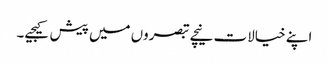
اپنے خیالات نیچے تبصروں میں پیش کیجیے۔